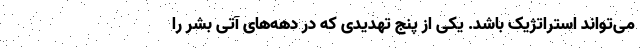
می‌تواند استراتژیک باشد. یکی از پنج تهدیدی که در دهه‌های آتی بشر را